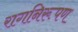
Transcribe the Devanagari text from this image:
रागनिरूपण